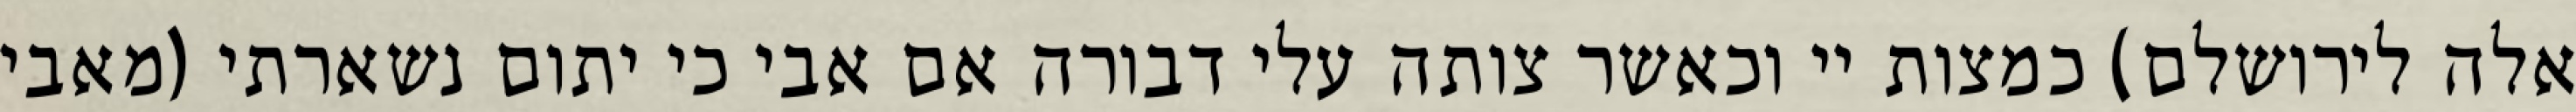
אלה לירושלם) כמצות יי וכאשר צותה עלי דבורה אם אבי כי יתום נשארתי (מאבי